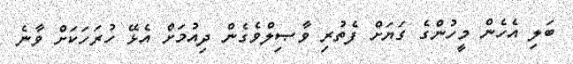
ބަލި އެހެން މީހުންގެ ގަޔަށް ފެތުރި ވާޞިލްވެގެން ދިއުމަށް އެޅޭ ހުރަހަކަށް ވާނެ